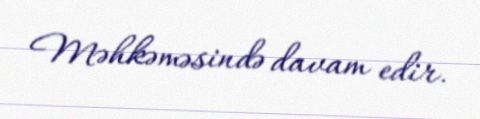
Məhkəməsində davam edir.